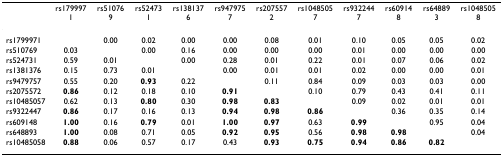
|  | rs1799971 | rs510769 | rs524731 | rs1381376 | rs9479757 | rs2075572 | rs10485057 | rs9322447 | rs609148 | rs648893 | rs10485058 |
 | --- | --- | --- | --- | --- | --- | --- | --- | --- | --- | --- | --- |
 | rs1799971 |  | 0.00 | 0.02 | 0.00 | 0.00 | 0.08 | 0.01 | 0.10 | 0.05 | 0.05 | 0.02 |
 | rs510769 | 0.03 |  | 0.00 | 0.16 | 0.00 | 0.00 | 0.00 | 0.01 | 0.00 | 0.00 | 0.00 |
 | rs524731 | 0.59 | 0.01 |  | 0.00 | 0.28 | 0.01 | 0.22 | 0.01 | 0.07 | 0.06 | 0.02 |
 | rs1381376 | 0.15 | 0.73 | 0.01 |  | 0.00 | 0.01 | 0.01 | 0.02 | 0.00 | 0.00 | 0.01 |
 | rs9479757 | 0.55 | 0.20 | 0.93 | 0.22 |  | 0.11 | 0.84 | 0.09 | 0.03 | 0.03 | 0.00 |
 | rs2075572 | 0.86 | 0.12 | 0.18 | 0.10 | 0.91 |  | 0.10 | 0.79 | 0.43 | 0.41 | 0.11 |
 | rs10485057 | 0.62 | 0.13 | 0.80 | 0.30 | 0.98 | 0.83 |  | 0.09 | 0.02 | 0.01 | 0.01 |
 | rs9322447 | 0.86 | 0.17 | 0.16 | 0.13 | 0.94 | 0.98 | 0.86 |  | 0.36 | 0.35 | 0.14 |
 | rs609148 | 1.00 | 0.16 | 0.79 | 0.01 | 1.00 | 0.97 | 0.63 | 0.99 |  | 0.95 | 0.04 |
 | rs648893 | 1.00 | 0.08 | 0.71 | 0.05 | 0.92 | 0.95 | 0.56 | 0.98 | 0.98 |  | 0.04 |
 | rs10485058 | 0.88 | 0.06 | 0.57 | 0.17 | 0.43 | 0.93 | 0.75 | 0.94 | 0.86 | 0.82 |  |